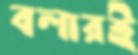
বলারই